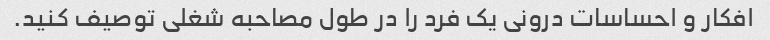
افکار و احساسات درونی یک فرد را در طول مصاحبه شغلی توصیف کنید.